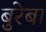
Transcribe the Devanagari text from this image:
बुरेबा